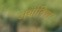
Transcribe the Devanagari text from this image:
अर्थाविण